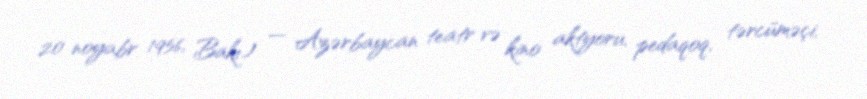
20 noyabr 1956, Bakı) — Azərbaycan teatr və kino aktyoru, pedaqoq, tərcüməçi,